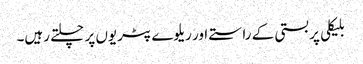
بلیکلی پر بستی کے راستے اور ریلوے پٹریوں پر چلتے رہیں۔